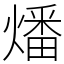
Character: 燔